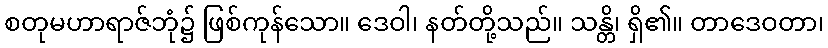
စတုမဟာရာဇ်ဘုံ၌ ဖြစ်ကုန်သော။ ဒေဝါ၊ နတ်တို့သည်။ သန္တိ၊ ရှိ၏။ တာဒေဝတာ၊